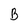
Character: B